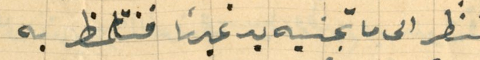
تنظر الى ما تجنيه يد غيرنا فنتالمظ به